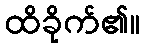
ထိခိုက်၏။